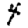
Digit: 4